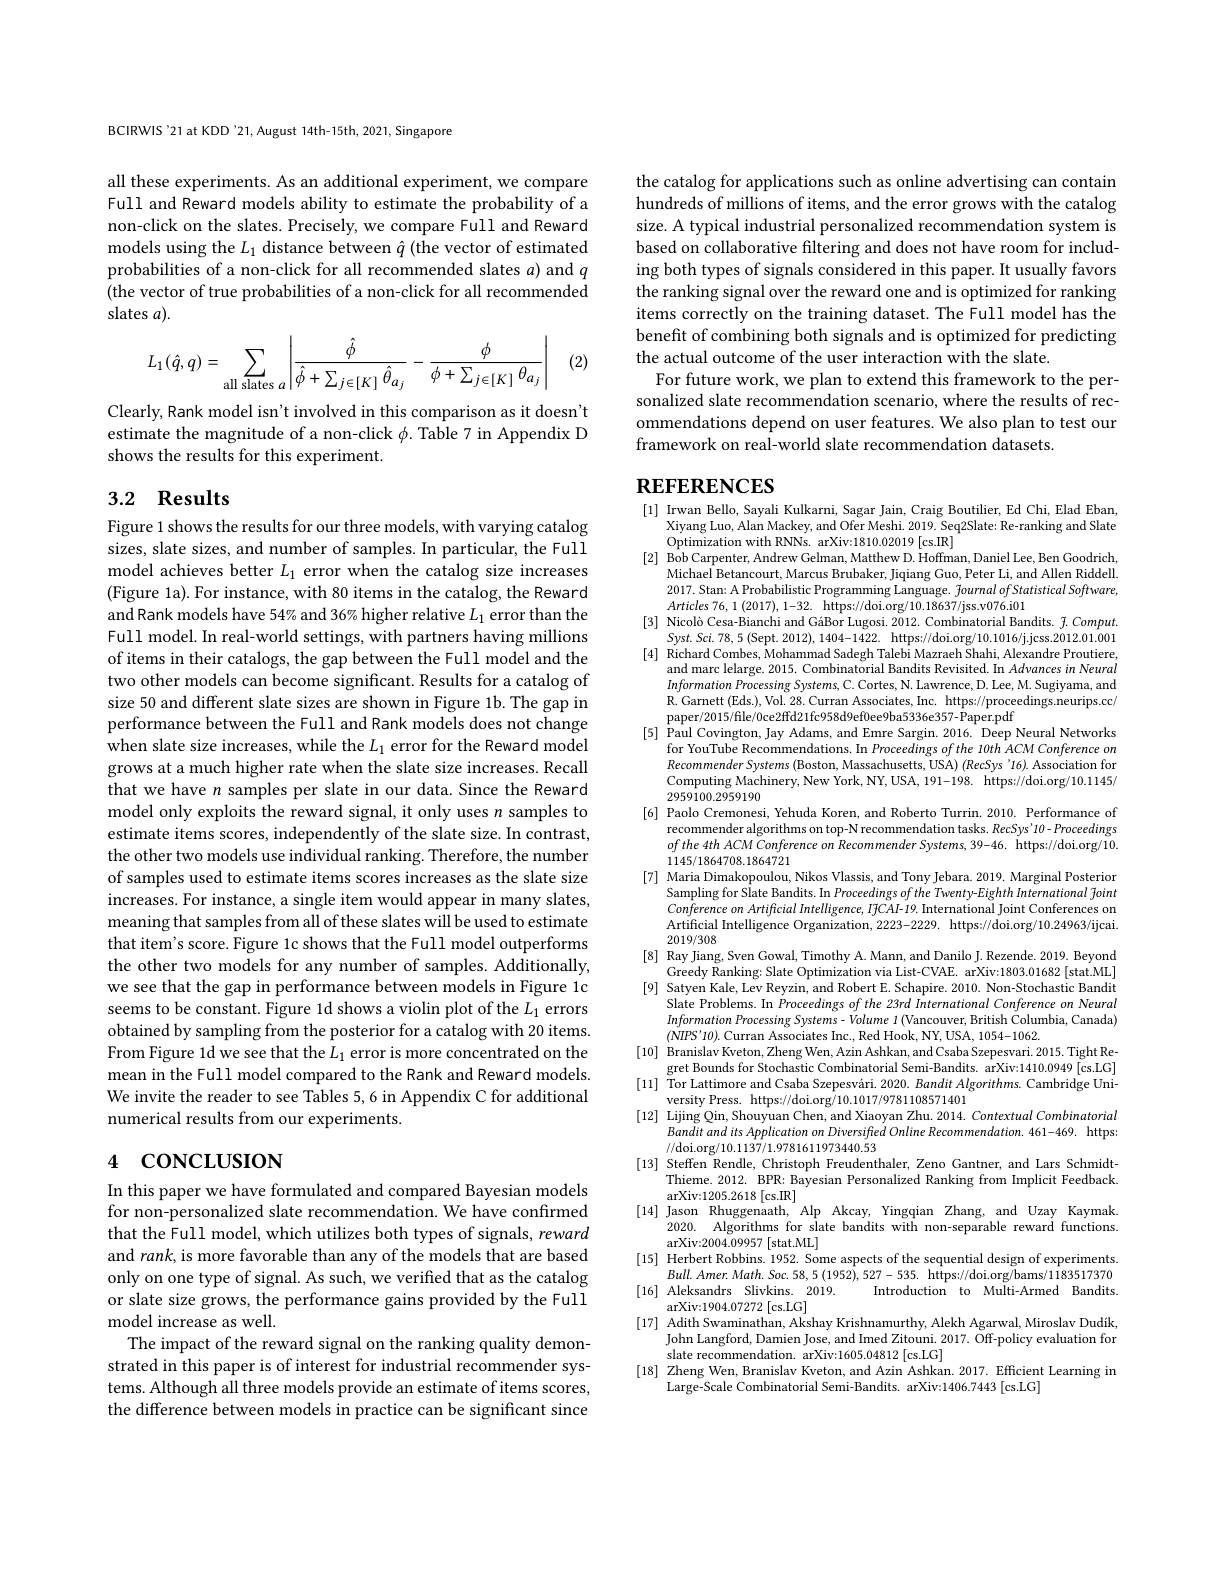
BCIRWIS'21 at KDD '21, August 14th-15th, 2021, Singapore

all these experiments. As an additional experiment, we compare Full and Reward models ability to estimate the probability of a non-click on the slates. Precisely, we compare Full and Reward models using the $L_1$ distance between $\hat{q}$ (the vector of estimated probabilities of a non-click for all recommended slates $a)$ and $q$ (the vector of true probabilities of a non-click for all recommended slates $a).$

(2)
$$L_1(\hat{q},q)=\sum_{\text{all slates}\:a}\left|\frac{\hat{\phi}}{\hat{\phi}+\sum_{j\in[K]}\hat{\theta}_{a_j}}-\frac{\phi}{\phi+\sum_{j\in[K]}\theta_{a_j}}\right|$$
Clearly, Rank model isn't involved in this comparison as it doesn't estimate the magnitude of a non-click $\phi.$ Table 7 in Appendix D shows the results for this experiment.

## 3.2 Results

Figure 1 shows the results for our three models, with varying catalog sizes, slate sizes, and number of samples. In particular, the Full model achieves better $L_1$ error when the catalog size increases (Figure 1a). For instance, with 80 items in the catalog, the Reward and Rank models have 54% and 36% higher relative $L_1$ error than the Full model. In real-world settings, with partners having millions of items in their catalogs, the gap between the Full model and the two other models can become significant. Results for a catalog of size 50 and different slate sizes are shown in Figure 1b. The gap in performance between the Full and Rank models does not change when slate size increases, while the $L_1$ error for the Reward model grows at a much higher rate when the slate size increases. Recall that we have n samples per slate in our data. Since the Reward model only exploits the reward signal, it only uses $n$ samples to estimate items scores, independently of the slate size. In contrast, the other two models use individual ranking. Therefore, the number of samples used to estimate items scores increases as the slate size increases. For instance, a single item would appear in many slates, meaning that samples from all of these slates will be used to estimate that item's score. Figure 1c shows that the Full model outperforms the other two models for any number of samples. Additionally, we see that the gap in performance between models in Figure 1c seems to be constant. Figure 1d shows a violin plot of the $L_1$ errors obtained by sampling from the posterior for a catalog with 20 items. From Figure 1d we see that the $L_1$ error is more concentrated on the mean in the Full model compared to the Rank and Reward models. We invite the reader to see Tables 5,6 in Appendix C for additional numerical results from our experiments.

# 4 concLusıon

In this paper we have formulated and compared Bayesian models for non-personalized slate recommendation. We have confirmed that the Full model, which utilizes both types of signals, reward and rank, is more favorable than any of the models that are based only on one type of signal. As such, we verified that as the catalog or slate size grows, the performance gains provided by the Full model increase as well.
The impact of the reward signal on the ranking quality demonstrated in this paper is of interest for industrial recommender systems. Although all three models provide an estimate of items scores, the difference between models in practice can be significant since

the catalog for applications such as online advertising can contain hundreds of millions of items, and the error grows with the catalog size. A typical industrial personalized recommendation system is based on collaborative filtering and does not have room for including both types of signals considered in this paper. It usually favors the ranking signal over the reward one and is optimized for ranking items correctly on the training dataset. The Full model has the benefit of combining both signals and is optimized for predicting the actual outcome of the user interaction with the slate.
For future work, we plan to extend this framework to the personalized slate recommendation scenario, where the results of recommendations depend on user features. We also plan to test our framework on real-world slate recommendation datasets.

# REFERENCES

[1] Irwan Bello, Sayali Kulkarni, Sagar Jain, Craig Boutilier, Ed Chi, Elad Eban,
Xiyang Luo, Alan Mackey, and Ofer Meshi. 2019. Seq2Slate: Re-ranking and Slate
Optimization with RNNs. arXiv:1810.02019 [cs.IR]
[2] Bob Carpenter, Andrew Gelman, Matthew D. Hoffman, Daniel Lee, Ben Goodrich,
Michael Betancourt, Marcus Brubaker, Jiqiang Guo, Peter Li, and Allen Riddell. 2017. Stan: A Probabilistic Programming Language. fournalofStatistical Software, $Articles76, 1( 2017) , 1- 32.$ https: / / doi. org/ 10. 18637/ jss. v076. i01
[3] Nicolò Cesa-Bianchi and GáBor Lugosi. 2012. Combinatorial Bandits. $\tilde{f} . \textit{Comput. }$ $Syst. Sci. 78, 5($Sept. 2012),1404-1422. https: / / doi. org/ 10. 1016/ jcss. 2012. 01. 001 [4]Richard Combes, Mohammad Sadegh Talebi Mazraeh Shahi, Alexandre Proutiere, and marc lelarge. 2015. Combinatorial Bandits Revisited. In Advances in Neural Infor
$Information\textit{ Processing Systems, C. Cortes, N. Lawrence, D. Lee, M. Sugiyama, and}$ R.Garnett (Eds.), Vol. 28. Curran Associates, Inc. https://proceedings.neurips.cc/ paper/2015/file/0ce2ffd21fc958d9ef0ee9ba5336e357-Paper.pdf
[5] Paul Covington, Jay Adams, and Emre Sargin. 2016. Deep Neural Networks
for YouTube Recommendations. In Proceedings ofthe 10th ACM Conference on Recommender Systems (Boston, Massachusetts, USA) (RecSys'16). Association for Computing Machinery, New York, NY, USA, 191-198. https://doi.org/10.1145/ 2959100.2959190
[6] Paolo Cremonesi, Yehuda Koren, and Roberto Turrin. 2010. Performance of
recommender algorithms on top-N recommendation tasks. RecSys'10- Proceedings ofthe $4th$ $ACM$ Conference $on$ Recommender $Systems$, 39-46. ${\mathrm{https: }}/ /$doi.org/10. 1145/1864708.1864721
[7] Maria Dimakopoulou, Nikos Vlassis, and Tony Jebara. 2019. Marginal Posterior
Sampling for Slate Bandits. In Proceedings of the Twenty-Eighth International foint Conference on Artificial Intelligence, IfCAI-19. International Joint Conferences on Artificial Intelligence Organization, 2223-2229. https://doi.org/10.24963/ijcai. 2019/308
[8] Ray Jiang, Sven Gowal, Timothy A. Mann, and Danilo J. Rezende. 2019. Beyond
Greedy Ranking: Slate Optimization via List-CVAE. arXiv:1803.01682 [stat.ML] [9] Satyen Kale, Lev Reyzin, and Robert E. Schapire. 2010. Non-Stochastic Bandit
Slate Problems. In Proceedings of the 23rd International Conference on Neural Information Processing Systems-Volume $1\left(\text{Vancouver,British Columbia,Canada}\right)$ $(\dot{NIPS'}10).$ Curran Associates Inc., Red Hook, NY, USA, 1054-1062.
[10] Branislav Kveton, Zheng Wen, Azin Ashkan, and Csaba Szepesvari. 2015. Tight Re-
gret Bounds for Stochastic Combinatorial Semi-Bandits. arXiv:1410.0949 [cs.LG] [11] Tor Lattimore and Csaba Szepesvári. 2020. Bandit Algorithms. Cambridge Uni-
versity Press. https://doi.org/10.1017/9781108571401
[12] Lijing Qin, Shouyuan Chen, and Xiaoyan Zhu. 2014. Contextual Combinatorial
$BanditanditsApplicationonDiversifiedOnlineRecommendation. 461- 469.$ https:
//doi.org/10.1137/1.9781611973440.53
[13] Steffen Rendle, Christoph Freudenthaler, Zeno Gantner, and Lars Schmidt-
Thieme. 2012. BPR: Bayesian Personalized Ranking from Implicit Feedback.
arXiv: 1205. 2618 [ cs. IR]
[14] Jason Rhuggenaath, Alp Akcay, Yingqian Zhang, and Uzay Kaymak.
2020. Algorithms for slate bandits with non-separable reward functions.
arXiv:2004.09957 [stat.ML]
[15] Herbert Robbins. 1952. Some aspects of the sequential design of experiments.
$Bull.Amer.Math.Soc.58,5(1952),527-535.$ https://doi.org/bams/1183517370
[16] Aleksandrs Slivkins. 2019.
Introduction to Multi-Armed Bandits.
arXiv: 1904. 07272 [ cs. LG]
[17] Adith Swaminathan, Akshay Krishnamurthy, Alekh Agarwal, Miroslav Dudík,
$\text{John Langford,  Damien Jose,  and Imed Zitouni.  2017.  \"{O} ff- policy evaluation for}$ $\text{John Langford,  Damien Jose,  and Imed Zitouni.  2017.  \"{O} ff- policy evaluation for}$
slate recommendation. arXiv:1605.04812 [cs.LG]
[18] Zheng Wen, Branislav Kveton, and Azin Ashkan. 2017. Efficient Learning in
Large-Scale Combinatorial Semi-Bandits. arXiv:1406.7443 [cs.LG]